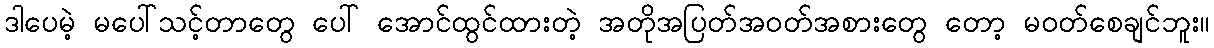
ဒါပေမဲ့ မပေါ်သင့်တာတွေ ပေါ် အောင်ထွင်ထားတဲ့ အတိုအပြတ်အဝတ်အစားတွေ တော့ မဝတ်စေချင်ဘူး။